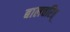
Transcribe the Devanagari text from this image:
बालचरित्